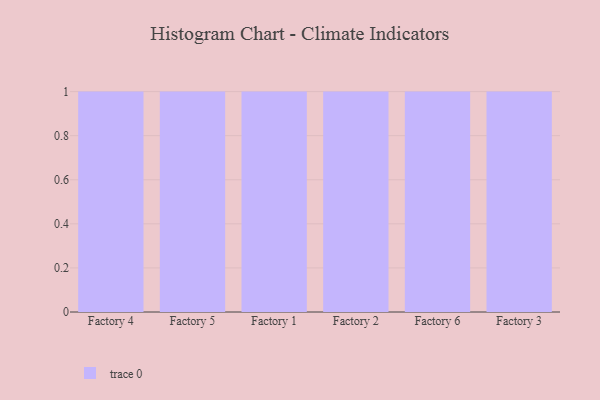
{"axis": {"x": "Factory", "y": "Customer Acquisition Cost (USD)"}, "legend": [""], "data": [{"x": "Factory 4", "y": 24, "type": ""}, {"x": "Factory 5", "y": 55, "type": ""}, {"x": "Factory 1", "y": 96, "type": ""}, {"x": "Factory 2", "y": 29, "type": ""}, {"x": "Factory 6", "y": 66, "type": ""}, {"x": "Factory 3", "y": 45, "type": ""}]}